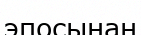
эпосынан